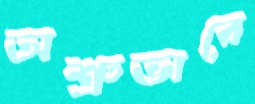
অশ্রুভারে